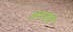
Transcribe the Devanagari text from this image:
अस्त्रांचे